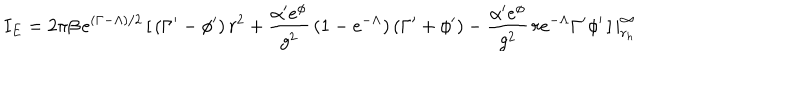
LaTeX: I _ { E } = 2 \pi \beta \, e ^ { ( \Gamma - \Lambda ) / 2 } \, [ \, ( \Gamma ^ { \prime } - \phi ^ { \prime } ) \, r ^ { 2 } + \frac { \alpha ^ { \prime } e ^ { \phi } } { g ^ { 2 } } \, ( 1 - e ^ { - \Lambda } ) \, ( \Gamma ^ { \prime } + \phi ^ { \prime } ) - \frac { \alpha ^ { \prime } e ^ { \phi } } { g ^ { 2 } } \, r e ^ { - \Lambda } \Gamma ^ { \prime } \phi ^ { \prime } \, ] \, | _ { r _ { h } } ^ { \infty }